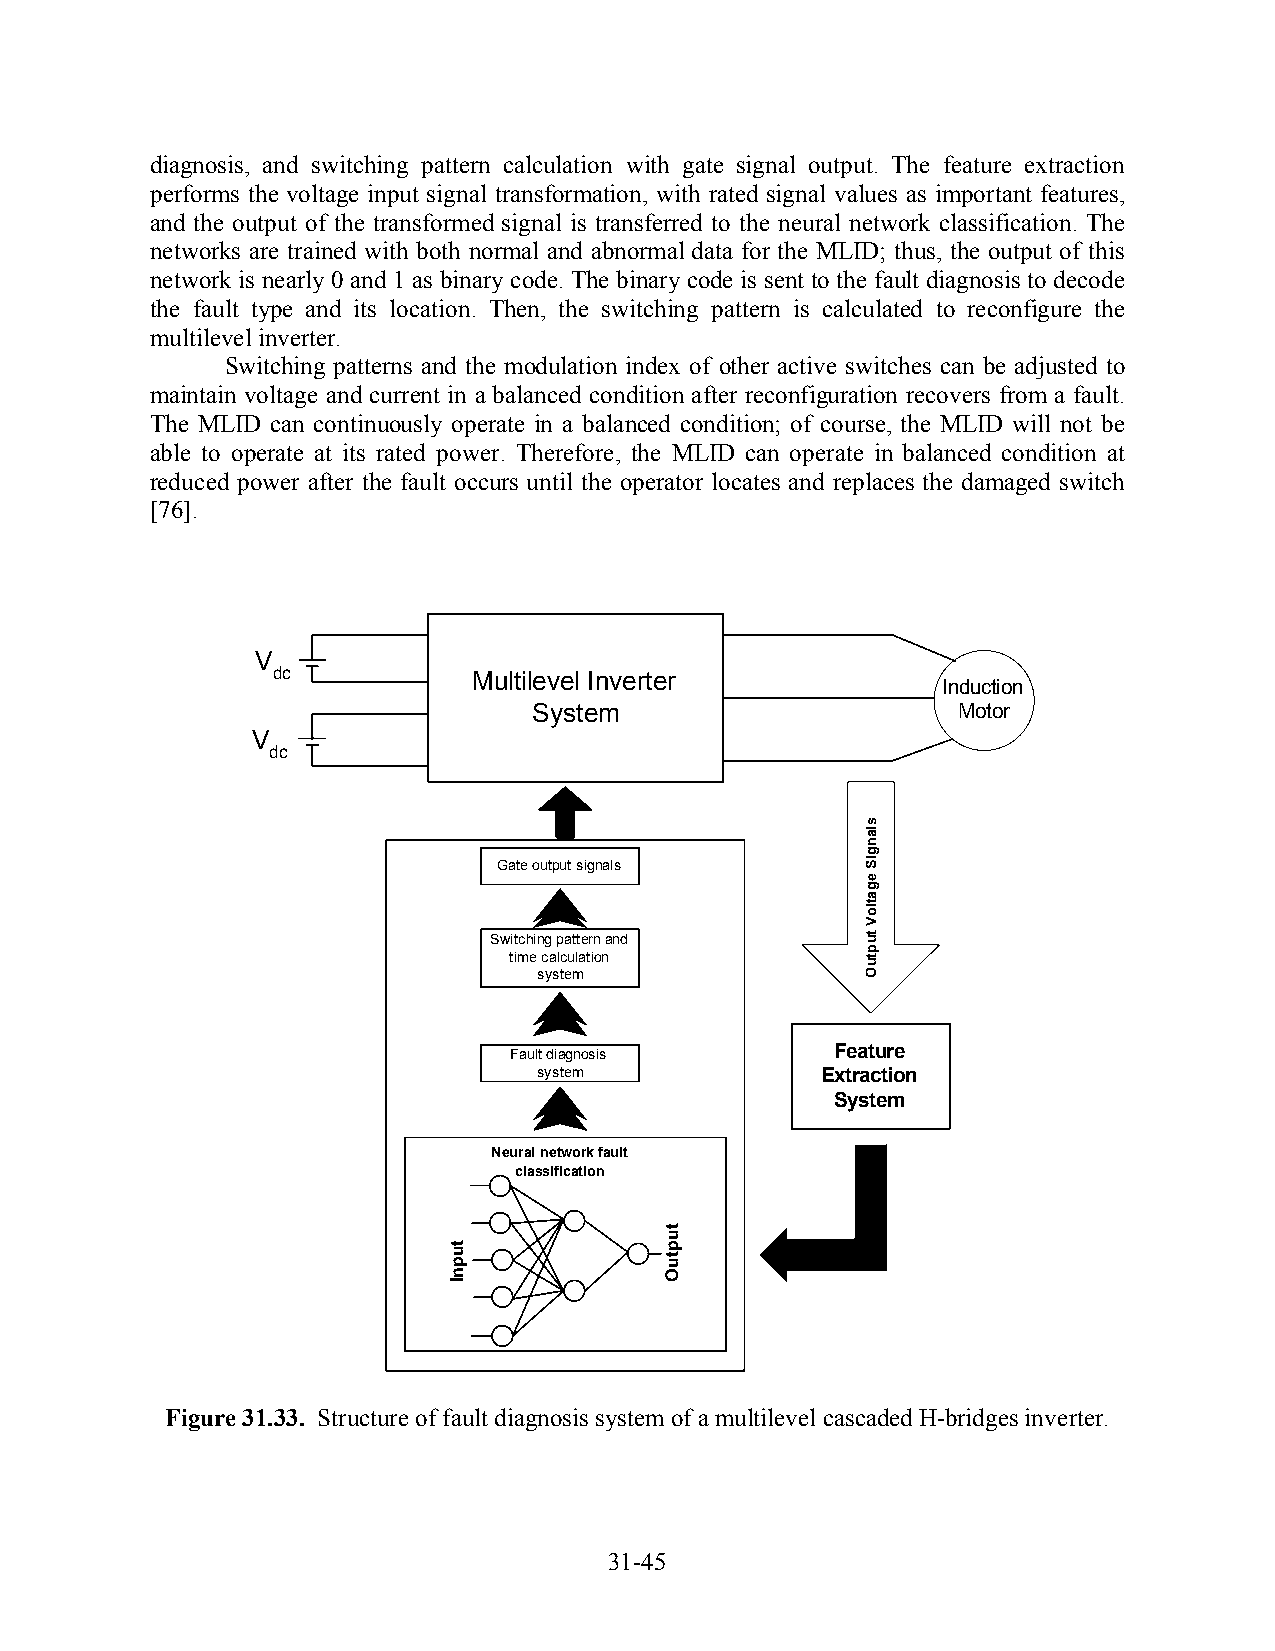
diagnosis, and switching pattern calculation with gate signal output. The feature extraction
 performs the voltage input signal transformation, with rated signal values as important features,
 and the output of the transformed signal is transferred to the neural network classification. The
 networks are trained with both normal and abnormal data for the MLID; thus, the output of this
 network is nearly 0 and 1 as binary code. The binary code is sent to the fault diagnosis to decode
 the fault type and its location. Then, the switching pattern is calculated to reconfigure the
 multilevel inverter.
 Switching patterns and the modulation index of other active switches can be adjusted to
 maintain voltage and current in a balanced condition after reconfiguration recovers from a fault.
 The MLID can continuously operate in a balanced condition; of course, the MLID will not be
 able to operate at its rated power. Therefore, the MLID can operate in balanced condition at
 reduced power after the fault occurs until the operator locates and replaces the damaged switch
 [76].
 V
 dc           Multilevel Inverter
 Induction
 System                      Motor
 V
 dc
 Gate output signals
 Switching pattern and
 time calculation
 system
 Feature
 Fault diagnosis
 system            Extraction
 System
 Neural network fault
 classification
 Figure 31.33. Structure of fault diagnosis system of a multilevel cascaded H-bridges inverter.
 31-45
 tupnI
 tuptuO
 slangiS
 egatloV
 tuptuO